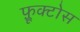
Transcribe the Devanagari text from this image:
फ़्रूक्टोस